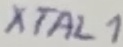
Text: XTAL1